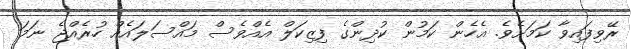
ރޭވިފައިވާ ކަމަށެވެ. އެހެން ކަމުން ކުދިންގެ ފިޒިކަލް އެއްވެސް މައްސަލައެއް ހުރެއްޖެ ނަމަ